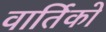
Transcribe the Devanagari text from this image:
वार्तिको